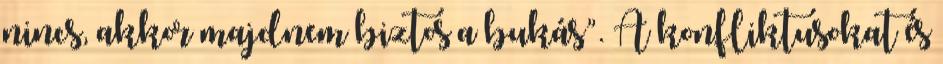
nincs, akkor majdnem biztos a bukás”. A konfliktusokat és